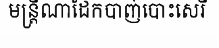
មន្ត្រីណាដែកបាញ់បោះសេរី